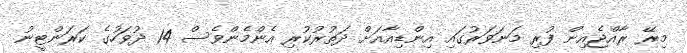
މިރޭ ރާއްޖެއިން ފުރި މަނަވަރުގައި އިންޑިއާއަށް ދަތުރުކުރި އެންމެންވެސް 14 ދުވަހުގެ ކަރަންޓީނު